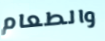
والطعام